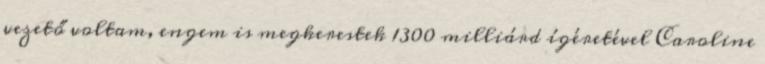
vezető voltam, engem is megkerestek 1300 milliárd ígéretével Caroline